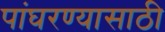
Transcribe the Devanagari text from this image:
पांघरण्यासाठी